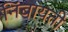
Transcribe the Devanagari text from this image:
निंबायती